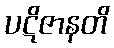
ပဋိဇာနတိ